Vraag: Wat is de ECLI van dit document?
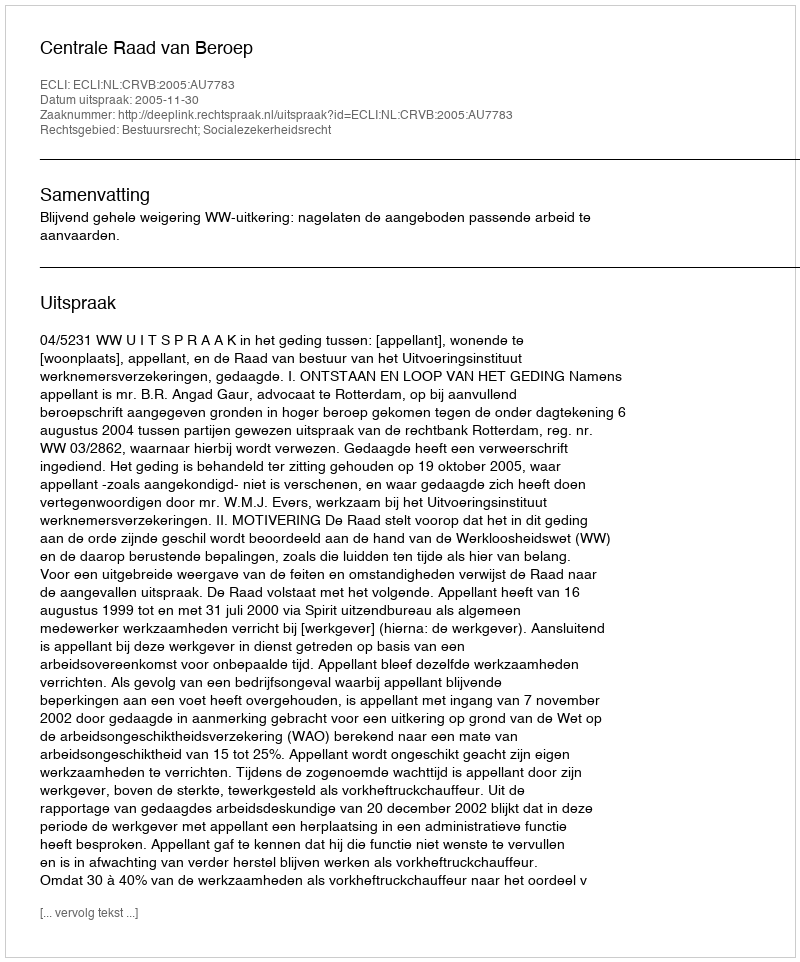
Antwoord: ECLI:NL:CRVB:2005:AU7783